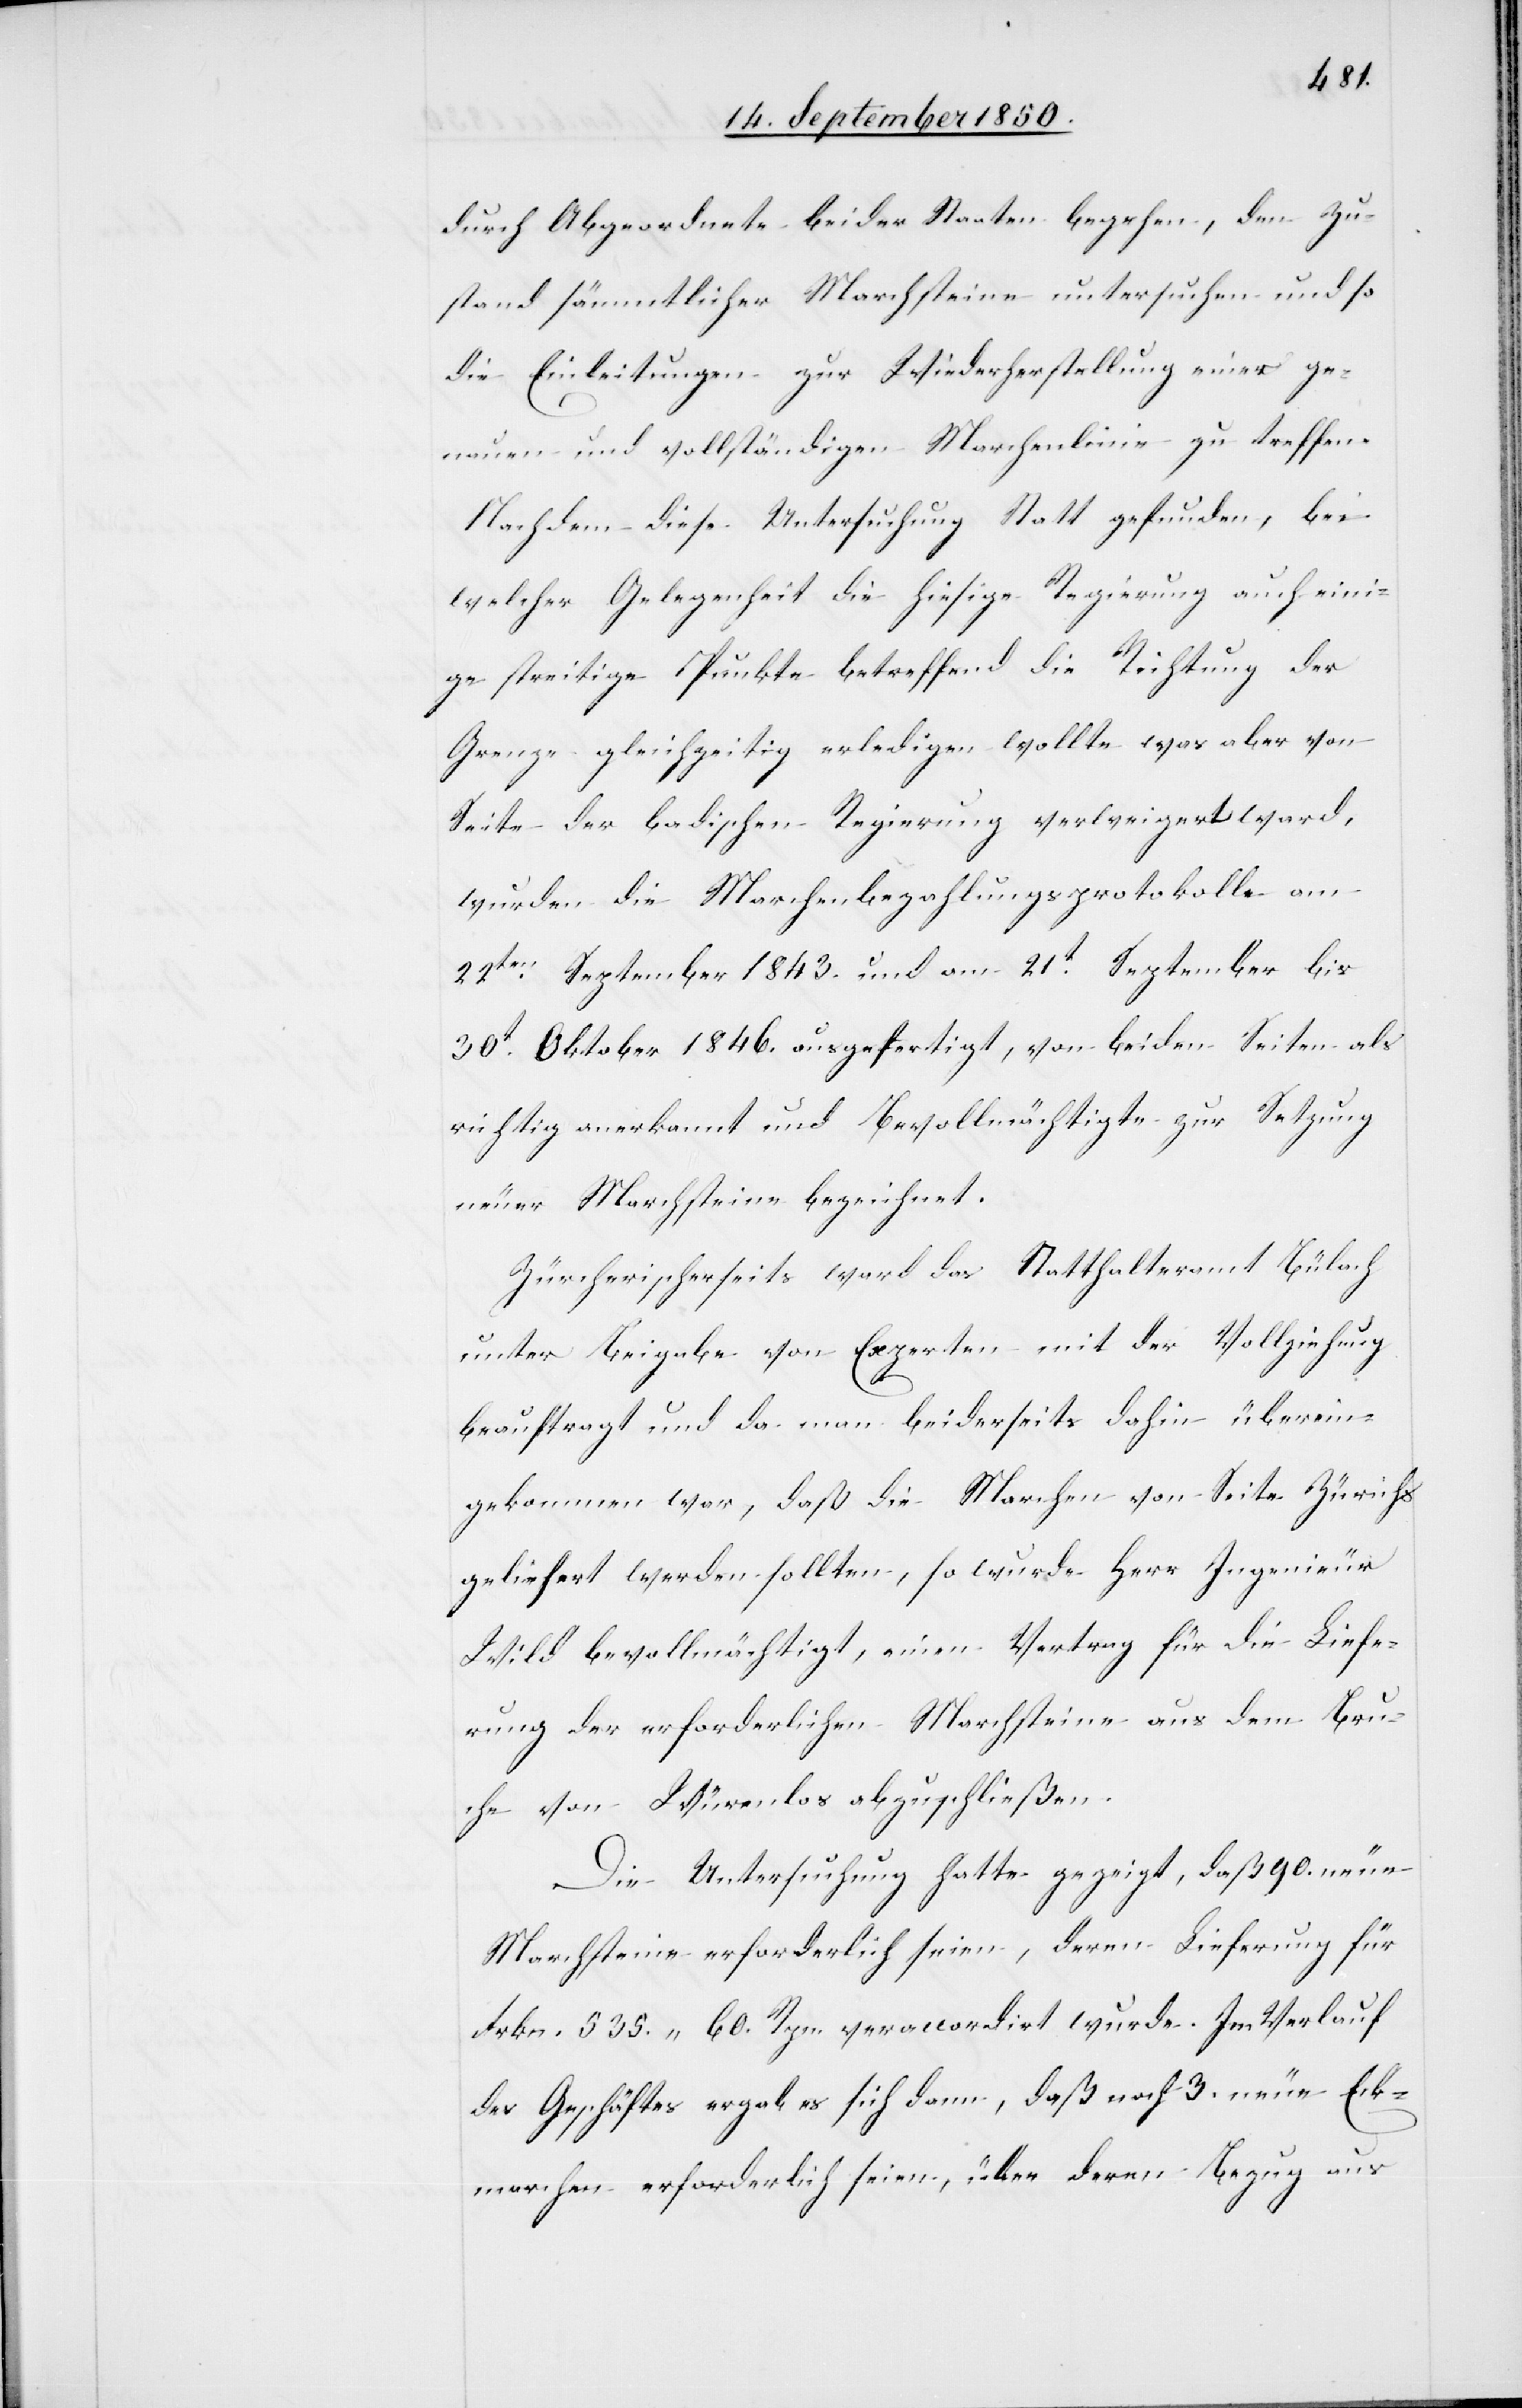
durch Abgeordnete beider Staaten begehen, den Zu¬
stand sämmtlicher Marchsteine untersuchen und so
die Einleitungen zur Wiederherstellung einer ge¬
nauen und vollständigen Marchenlinie zu treffen.
Nachdem diese Untersuchung Statt gefunden, bei
welcher Gelegenheit die hiesige Regierung auch eini¬
ge streitige Punkte betreffend die Richtung der
Grenze gleichzeitig erledigen wollte was aber von
Seite der badischen Regierung verweigert ward,
wurden die Marchenbezahlungsprotokolle am
22ten September 1843. und am 21t September bis
30t Oktober 1846. ausgefertigt, von beiden Seiten als
richtig anerkannt und Bevollmächtigte zur Setzung
der Marchsteine bezeichnet.
Zürcherischerseits ward das Statthalteramt Bülach
unter Beigabe von Experten mit der Vollziehung
beauftragt und da man beiderseits dahin überein¬
gekommen war, daß die Marchen von Seite Zürichs
geliefert werden sollten, so wurde Herr Ingenieur
Wild bevollmächtigt, einen Vertrag für die Liefe¬
rung der erforderlichen Marchsteine aus dem Bru¬
che von Würenlos abzuschließen.
Die Untersuchung hatte gezeigt, daß 90. neue
Marchsteine erforderlich seien, deren Lieferung für
Frkn. 535. 60. Rpn. veraccordirt wurde. Im Verlauf
des Geschäftes ergab es sich dann, daß noch 3. neue Eck¬
marchen erforderlich seien, über deren Bezug aus